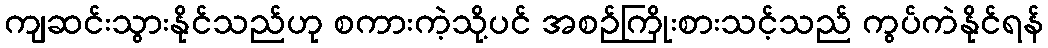
ကျဆင်းသွားနိုင်သည်ဟု စကားကဲ့သို့ပင် အစဉ်ကြိုးစားသင့်သည် ကွပ်ကဲနိုင်ရန်